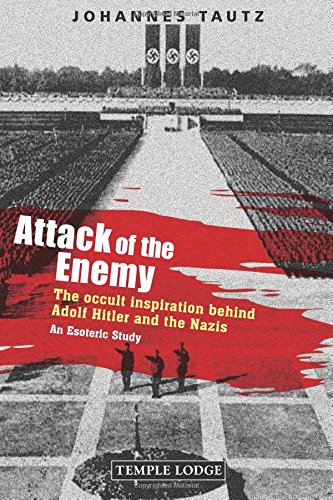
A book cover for Attack of the Enemy: The Occult Inspiration Behind Adolf Hitler and the Nazis; Johannes Tautz; Religion & Spirituality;